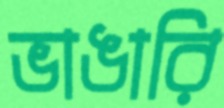
ভাঙারি